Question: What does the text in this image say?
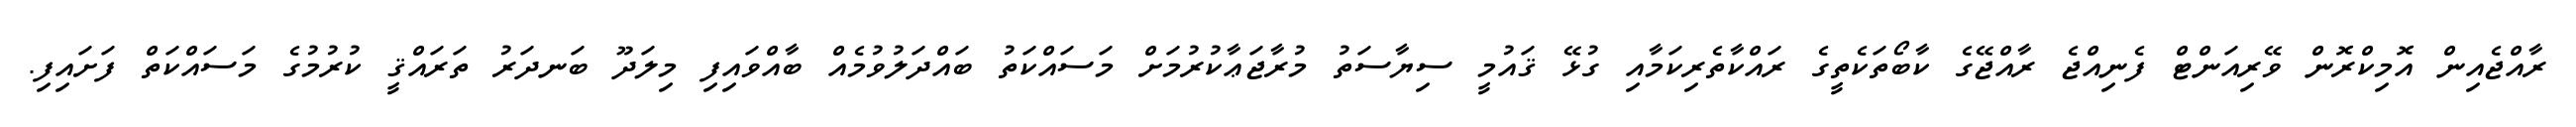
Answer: ރާއްޖެއިން އޮމިކްރޮން ވޭރިއަންޓް ފެނިއްޖެ ރާއްޖޭގެ ކާބޯތަކެތީގެ ރައްކާތެރިކަމާއި ގުޅޭ ޤައުމީ ސިޔާސަތު މުރާޖަޢާކުރުމަށް މަސައްކަތު ބައްދަލުވުމެއް ބާއްވައިފި މިލަދޫ ބަނދަރު ތަރައްޤީ ކުރުމުގެ މަސައްކަތް ފަށައިފި.